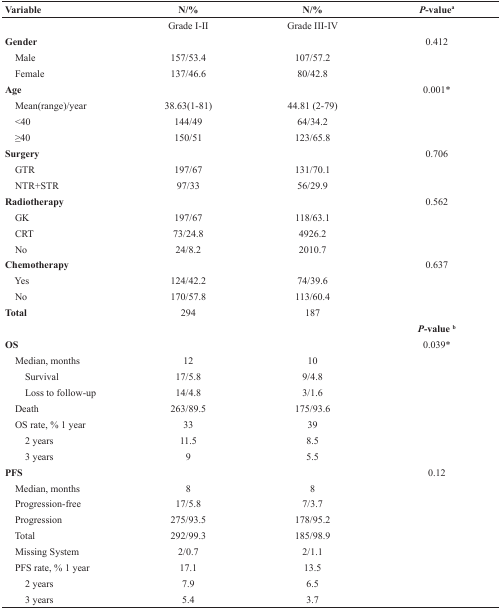
| Variable | N/% | N/% | P-valuea |
 | --- | --- | --- | --- |
 |  | Grade I-II | Grade III-IV |  |
 | Gender |  |  | 0.412 |
 | Male | 157/53.4 | 107/57.2 |  |
 | Female | 137/46.6 | 80/42.8 |  |
 | Age |  |  | 0.001* |
 | Mean(range)/year | 38.63(1-81) | 44.81 (2-79) |  |
 | <40 | 144/49 | 64/34.2 |  |
 | ≥40 | 150/51 | 123/65.8 |  |
 | Surgery |  |  | 0.706 |
 | GTR | 197/67 | 131/70.1 |  |
 | NTR+STR | 97/33 | 56/29.9 |  |
 | Radiotherapy |  |  | 0.562 |
 | GK | 197/67 | 118/63.1 |  |
 | CRT | 73/24.8 | 4926.2 |  |
 | No | 24/8.2 | 2010.7 |  |
 | Chemotherapy |  |  | 0.637 |
 | Yes | 124/42.2 | 74/39.6 |  |
 | No | 170/57.8 | 113/60.4 |  |
 | Total | 294 | 187 |  |
 |  |  |  | P-value b |
 | OS |  |  | 0.039* |
 | Median, months | 12 | 10 |  |
 | Survival | 17/5.8 | 9/4.8 |  |
 | Loss to follow-up | 14/4.8 | 3/1.6 |  |
 | Death | 263/89.5 | 175/93.6 |  |
 | OS rate, % 1 year | 33 | 39 |  |
 | 2 years | 11.5 | 8.5 |  |
 | 3 years | 9 | 5.5 |  |
 | PFS |  |  | 0.12 |
 | Median, months | 8 | 8 |  |
 | Progression-free | 17/5.8 | 7/3.7 |  |
 | Progression | 275/93.5 | 178/95.2 |  |
 | Total | 292/99.3 | 185/98.9 |  |
 | Missing System | 2/0.7 | 2/1.1 |  |
 | PFS rate, % 1 year | 17.1 | 13.5 |  |
 | 2 years | 7.9 | 6.5 |  |
 | 3 years | 5.4 | 3.7 |  |